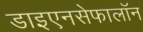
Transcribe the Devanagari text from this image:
डाइएनसेफालॉन